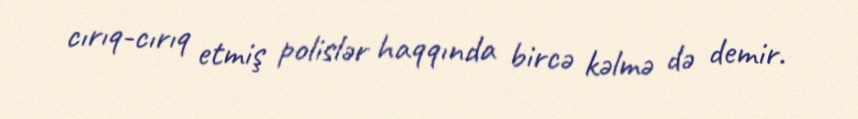
cırıq-cırıq etmiş polislər haqqında bircə kəlmə də demir.